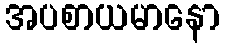
အပစာယမာနော